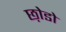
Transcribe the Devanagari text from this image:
छ़ोडो